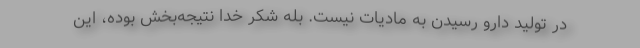
در تولید دارو رسیدن به مادیات نیست. بله شکر خدا نتیجه‌بخش بوده، این